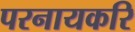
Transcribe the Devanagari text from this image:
परनायकरि